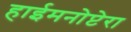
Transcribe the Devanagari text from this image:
हाईमनोप्टेरा